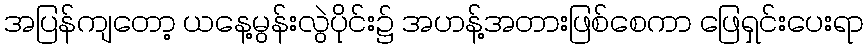
အပြန်ကျတော့ ယနေ့မွန်းလွဲပိုင်း၌ အဟန့်အတားဖြစ်စေကာ ဖြေရှင်းပေးရာ